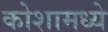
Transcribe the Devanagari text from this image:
कोशामध्ये